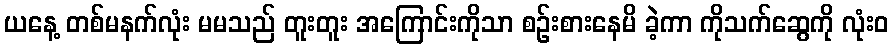
ယနေ့ တစ်မနက်လုံး မမသည် တူးတူး အကြောင်းကိုသာ စဉ်းစားနေမိ ခဲ့ကာ ကိုသက်ဆွေကို လုံးဝ